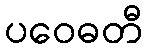
ပဝေဓတီ